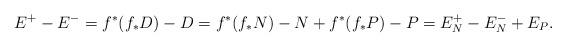
LaTeX: \begin{align*}E^+ - E^{-} = f^*(f_*D) - D = f^*(f_*N) -N + f^*(f_*P) - P = E_N^+ - E_N^{-} + E_P.\end{align*}